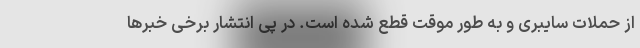
از حملات سایبری و به طور موقت قطع شده است. در پی انتشار برخی خبرها